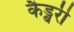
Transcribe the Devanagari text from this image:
कैड्बरी